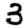
Digit: 3